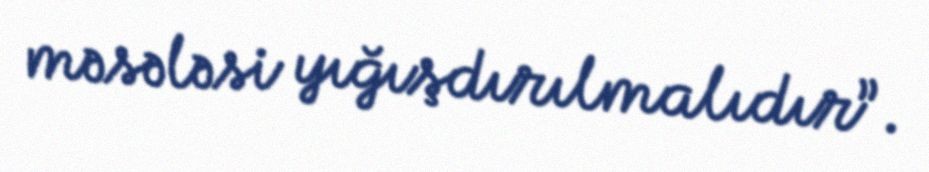
məsələsi yığışdırılmalıdır”.